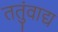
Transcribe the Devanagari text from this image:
ततुंवाद्य